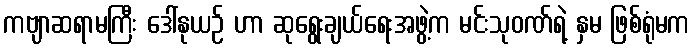
ကဗျာဆရာမကြီး ဒေါ်နုယဉ် ဟာ ဆုရွေးချယ်ရေးအဖွဲ့က မင်းသုဝဏ်ရဲ့ နှမ ဖြစ်ရုံမက